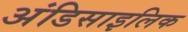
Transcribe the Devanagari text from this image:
अंडिसाइलिक